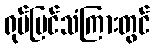
ရုပ်မြင်သံကြားတွင်